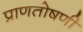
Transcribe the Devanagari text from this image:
प्राणतोषणी